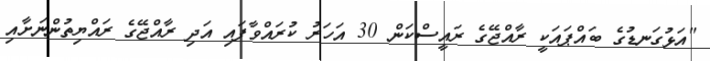
"އަޅުގަނޑުގެ ބައްޕައަކީ ރާއްޖޭގެ ރައީސްކަން 30 އަހަރު ކުރައްވާފައި އަދި ރާއްޖޭގެ ރައްޔިތުންނަށާއި